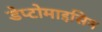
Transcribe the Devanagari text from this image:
डेप्टोमाइसिन